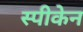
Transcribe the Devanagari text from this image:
स्पीकेन